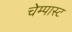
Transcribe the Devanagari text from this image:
चेम्पास्ट